system: You are a helpful assistant.
user:
Analyze the provided spectrum to determine if it is a **S-type Star**.

- **Key Indicators for S-type Star:**

    - **(Overall Spectrum Shape):** The first and most obvious characteristic is the overall continuum (the "baseline" shape). It is **extremely "red-sloping,"** meaning the flux (light intensity) is very low on the left side (blue, ~4000-4500 Å) and rises steeply and continuously toward the right side (red, ~7000 Å+).

    - **(Primary):** The spectrum is defined by the presence of strong, broad molecular absorption "valleys" (bands) from **Zirconium Oxide (ZrO)**. The identification of these bands is the **primary requirement** for classifying a star as S-type.
        - **(Key Bandheads):** You must find distinct, deep "dips" where the light has been absorbed. The most critical band systems to locate are:
            - **~6474 Å** ($\gamma$-system): This is often the strongest and clearest ZrO feature, found in the red part of the spectrum.
            - **~5718 Å** & **~5551 Å** ($\beta$-system): A pair of prominent absorption features in the yellow-orange part of the spectrum.
            - **~4640 Å** ($\alpha$-system): A key absorption band system in the blue-green region of the spectrum.

    - **(Secondary Confirmation):** The classification is strengthened by finding additional absorption bands from other related heavy element oxides, which are expected to be present alongside ZrO.
        - **(Key Bandheads):**
            - **Yttrium Oxide (YO):** Look for absorption dips near **~4800 Å** and **~6100 Å**.
            - **Lanthanum Oxide (LaO):** Additional absorption features, particularly in the red-orange part of the spectrum, are also characteristic.

    - **(Line Profile):** The combination of the steep red continuum and these numerous, deep molecular bands (ZrO, YO, etc.) gives the entire spectrum a very **"chopped-up"** or **"bumpy"** appearance. Instead of a smooth curve, the spectrum looks as though large, wide chunks of light have been "carved out" of it at the specific wavelengths listed above.

Think first, call **spectral_visualization_tool** if needed to examine features in detail, then provide your final answer. Your response must adhere to the following strict rules:
1.  **Overall Structure:** Your response must follow the format `<think>...</think> <tool_call>...</tool_call> (if a tool is used) <answer>...</answer>`.
2.  **Tool Usage Constraint:** You may only make **one** tool call per turn.
3.  **Final Answer Format:** In the `<answer>` tag, your conclusion must be inside a `\boxed{}` command (e.g., `\boxed{YES}` or `\boxed{NO}`), followed by your justification.

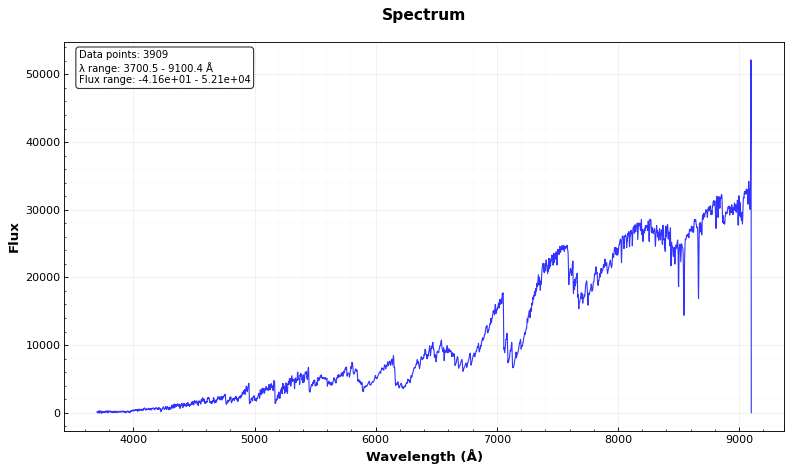
Answer: YES